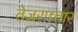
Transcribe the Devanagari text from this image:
तेज़रफ़्तार